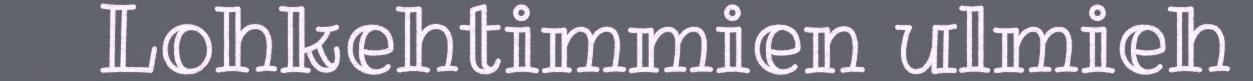
Lohkehtimmien ulmieh